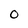
Character: O